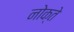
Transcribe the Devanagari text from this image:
नोक्ते